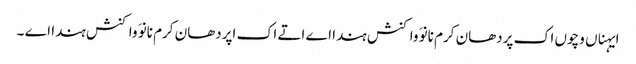
ایہناں وچوں اک پردھان کرم نانوَ واکنش ہندا اے اتے اک اپردھان کرم نانوَ واکنش ہندا اے ۔